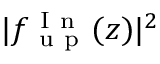
| f _ { \mathrm { ~ u ~ p ~ } } ^ { \mathrm { ~ I ~ n ~ } } ( z ) | ^ { 2 }